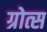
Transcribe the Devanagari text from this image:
ग्रोत्स